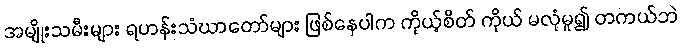
အမျိုးသမီးများ ရဟန်းသံဃာတော်များ ဖြစ်နေပါက ကိုယ့်စိတ် ကိုယ် မလုံမူ၍ တကယ်ဘဲ